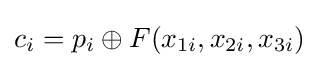
c_{i}=p_{i}\oplus F(x_{1i},x_{2i},x_{3i})